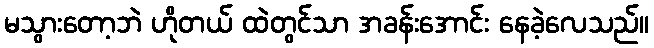
မသွားတော့ဘဲ ဟိုတယ် ထဲတွင်သာ အခန်းအောင်း နေခဲ့လေသည်။